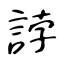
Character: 誖